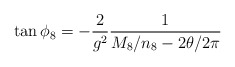
\begin{align*}\tan \phi_8 =- {2\over {g^2}} { 1 \over { M_8/n_8 - 2 \theta /2\pi}}\end{align*}